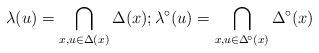
LaTeX: \begin{align*}\lambda(u)=\bigcap_{x, u \in \Delta(x)}\Delta(x); \lambda^\circ(u)= \bigcap_{x, u \in \Delta^{\!\circ}(x)}\Delta^\circ(x) \end{align*}